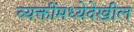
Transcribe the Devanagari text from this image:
व्यक्तींमध्येदेखील